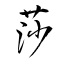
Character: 莎